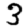
Digit: 3